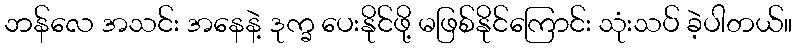
ဘန်လေ အသင်း အနေနဲ့ ဒုက္ခ ပေးနိုင်ဖို့ မဖြစ်နိုင်ကြောင်း သုံးသပ် ခဲ့ပါတယ်။